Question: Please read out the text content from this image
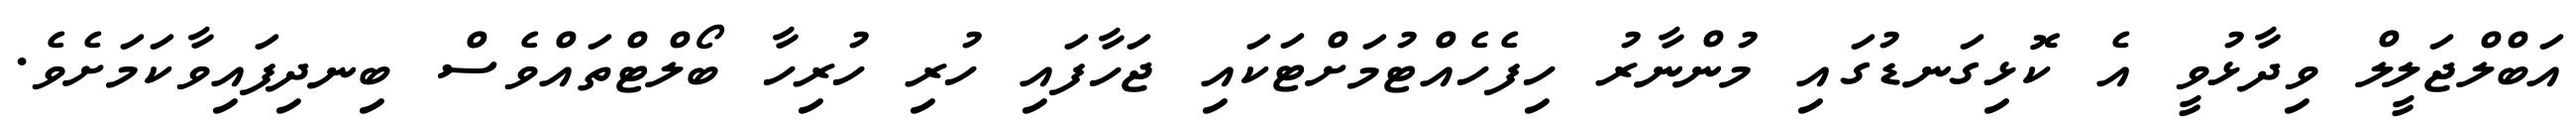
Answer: އަބްލްޖަލީލް ވިދާޅުވީ އެ ކޮޅިގަނޑުގައި މުންނާރު ހިފެހެއްޓުމަށްޓަކައި ޖަހާފައި ހުރި ހުރިހާ ބޯލްޓްތައްވެސް ބިނދިފައިވާކަމަށެވެ.